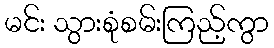
မင်း သွားစုံစမ်းကြည့်ကွာ